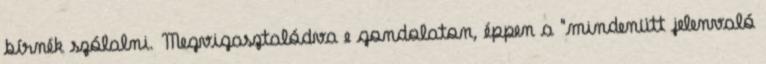
bírnék szólalni. Megvigasztalódva e gondolaton, éppen a "mindenütt jelenvaló